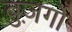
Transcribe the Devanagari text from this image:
बुज़र्गो